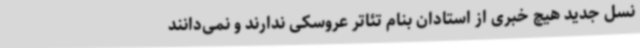
نسل جدید هیچ خبری از استادان بنام تئاتر عروسکی ندارند و نمی‌دانند